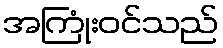
အကြုံးဝင်သည်